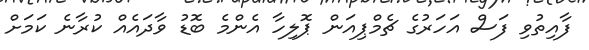
ފާއިތުވި ފަސް އަހަރުގެ ޗެމްޕިއަން ޕޮލިހާ އެންމެ ބޮޑު ވާދައެއް ކުރާނެ ކަމަށް